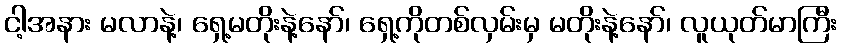
ငါ့အနား မလာနဲ့၊ ရှေ့မတိုးနဲ့နော်၊ ရှေ့ကိုတစ်လှမ်းမှ မတိုးနဲ့နော်၊ လူယုတ်မာကြီး